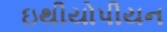
ઇથીયોપીયન